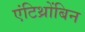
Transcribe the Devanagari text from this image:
एंटिथ्रोंबिन